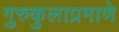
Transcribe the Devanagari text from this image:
गुरुकुलाप्रमाणे